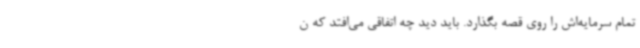
تمام سرمایه‌اش را روی قصه بگذارد. باید دید چه اتفاقی می‌افتد که ن